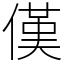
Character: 傼